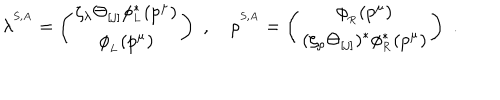
\lambda ^ { ^ { S , A } } = \left( \begin{matrix} { { \zeta _ { \lambda } \Theta _ { [ j ] } \phi _ { _ L } ^ { \ast } ( p ^ { \mu } ) } } \\ { { \phi _ { _ L } ( p ^ { \mu } ) } } \\ \end{matrix} \right) \, \, , \quad \rho ^ { ^ { S , A } } = \left( \begin{matrix} { { \phi _ { _ R } ( p ^ { \mu } ) } } \\ { { ( \zeta _ { \rho } \Theta _ { [ j ] } ) ^ { \ast } \phi _ { _ R } ^ { \ast } ( p ^ { \mu } ) } } \\ \end{matrix} \right) \, \, .